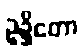
ဥဍ္ဍိတော